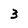
Character: 3